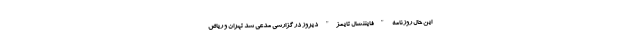
این حال روزنامه "فایننشال تایمز" دیروز در گزارشی مدعی شد تهران و ریاض